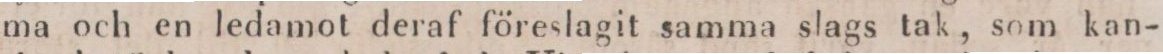
ma och en ledamot deraf föreslagit samma slags tak, som kan-